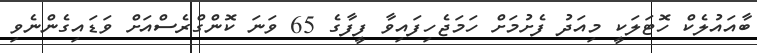
ބާއައުލެކް ހޮޓަލަކީ މިއަދު ފެށުމަށް ހަމަޖެހިފައިވާ ފީފާގެ 65 ވަނަ ކޮންގްރެސްއަށް ވަޑައިގެންނެވި